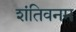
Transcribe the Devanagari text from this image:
शंतिवनम